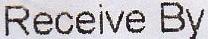
RECEIVE BY